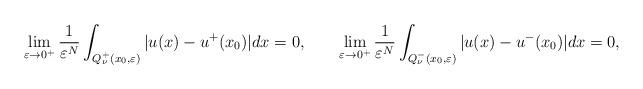
LaTeX: \begin{align*}\lim_{\varepsilon\rightarrow0^{+}}\frac{1}{\varepsilon^{N}}\int_{Q_{\nu}^{+}( x_{0},\varepsilon) }\vert u(x) -u^{+}(x_{0})\vert dx=0,\qquad\lim_{\varepsilon\rightarrow0^{+}}\frac{1}{\varepsilon^{N}}\int_{Q_{\nu}^{-}(x_{0},\varepsilon) }\vert u(x) -u^{-}(x_{0})\vert dx=0, \end{align*}